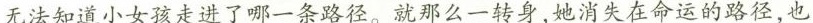
无法知道小女孩走进了哪一条路径。就那么一转身，她消失在命运的路径，也